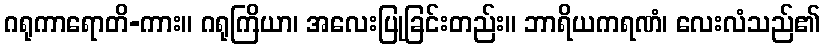
ဂရုကာရောတိ-ကား။ ဂရုကြိယာ၊ အလေးပြုခြင်းတည်း။ ဘာရိယကရဏံ၊ လေးလံသည်၏